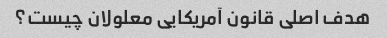
هدف اصلی قانون آمریکایی معلولان چیست؟